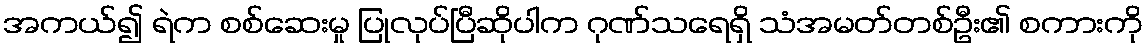
အကယ်၍ ရဲက စစ်ဆေးမှု ပြုလုပ်ပြီဆိုပါက ဂုဏ်သရေရှိ သံအမတ်တစ်ဦး၏ စကားကို